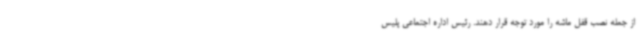
از جمله نصب قفل ماشه را مورد توجه قرار دهند. رئیس اداره اجتماعی پلیس